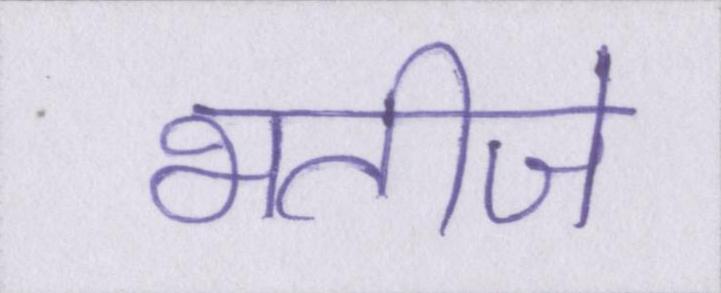
भतीजे